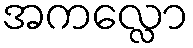
အကလ္လော